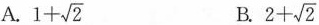
A. $$1+ \sqrt{2}$$ B. $$2+ \sqrt{2}$$